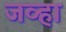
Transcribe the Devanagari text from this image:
जव्हा